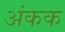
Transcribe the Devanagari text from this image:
अंकक